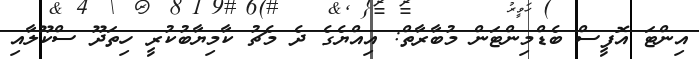
އިންޓަ އޮފީސް ބެޑްމިންޓަން މުބާރާތް: އިއްޔެގެ ދެ މެޗު ކާމިޔާބުކުރީ ހިތަދޫ ސްކޫލާއި